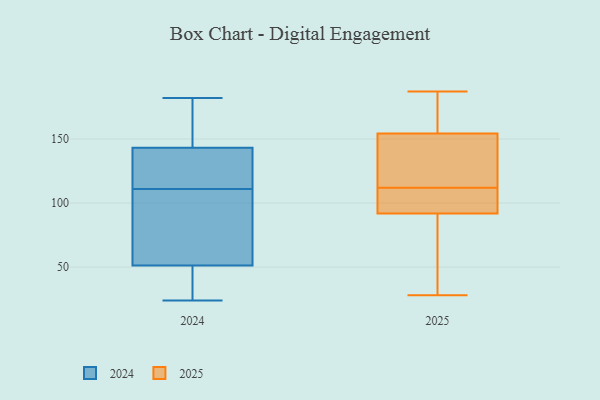
{"axis": {"x": "Waste Production (Tons)", "y": "Value"}, "legend": ["2024", "2025"], "data": [{"x": "", "y": 122, "type": "2024"}, {"x": "", "y": 180, "type": "2024"}, {"x": "", "y": 182, "type": "2024"}, {"x": "", "y": 121, "type": "2024"}, {"x": "", "y": 28, "type": "2024"}, {"x": "", "y": 24, "type": "2024"}, {"x": "", "y": 38, "type": "2024"}, {"x": "", "y": 147, "type": "2024"}, {"x": "", "y": 164, "type": "2024"}, {"x": "", "y": 90, "type": "2024"}, {"x": "", "y": 111, "type": "2024"}, {"x": "", "y": 55, "type": "2024"}, {"x": "", "y": 130, "type": "2024"}, {"x": "", "y": 50, "type": "2024"}, {"x": "", "y": 159, "type": "2024"}, {"x": "", "y": 104, "type": "2024"}, {"x": "", "y": 66, "type": "2024"}, {"x": "", "y": 132, "type": "2024"}, {"x": "", "y": 32, "type": "2024"}, {"x": "", "y": 86, "type": "2025"}, {"x": "", "y": 187, "type": "2025"}, {"x": "", "y": 112, "type": "2025"}, {"x": "", "y": 77, "type": "2025"}, {"x": "", "y": 108, "type": "2025"}, {"x": "", "y": 155, "type": "2025"}, {"x": "", "y": 154, "type": "2025"}, {"x": "", "y": 133, "type": "2025"}, {"x": "", "y": 180, "type": "2025"}, {"x": "", "y": 132, "type": "2025"}, {"x": "", "y": 93, "type": "2025"}, {"x": "", "y": 103, "type": "2025"}, {"x": "", "y": 88, "type": "2025"}, {"x": "", "y": 112, "type": "2025"}, {"x": "", "y": 28, "type": "2025"}, {"x": "", "y": 178, "type": "2025"}, {"x": "", "y": 145, "type": "2025"}]}